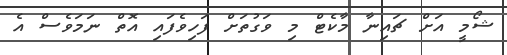
ޝޯމީ އަށް ޗައިނާ މާކެޓް މި ވަގުތަށް ފަހިވެފައި އޮތް ނަމަވެސް އެ